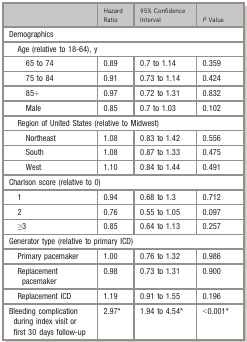
|  | Hazard Ratio | 95% Confidence Interval | P Value |
 | --- | --- | --- | --- |
 | <COLSPAN=4> Demographics |
 | <COLSPAN=4> Age (relative to 18‐64), y |
 | 65 to 74 | 0.89 | 0.7 to 1.14 | 0.359 |
 | 75 to 84 | 0.91 | 0.73 to 1.14 | 0.424 |
 | 85+ | 0.97 | 0.72 to 1.31 | 0.832 |
 | Male | 0.85 | 0.7 to 1.03 | 0.102 |
 | <COLSPAN=4> Region of United States (relative to Midwest) |
 | Northeast | 1.08 | 0.83 to 1.42 | 0.556 |
 | South | 1.08 | 0.87 to 1.33 | 0.475 |
 | West | 1.10 | 0.84 to 1.44 | 0.491 |
 | <COLSPAN=4> Charlson score (relative to 0) |
 | 1 | 0.94 | 0.68 to 1.3 | 0.712 |
 | 2 | 0.76 | 0.55 to 1.05 | 0.097 |
 | ≥3 | 0.85 | 0.64 to 1.13 | 0.257 |
 | <COLSPAN=4> Generator type (relative to primary ICD) |
 | Primary pacemaker | 1.00 | 0.76 to 1.32 | 0.986 |
 | Replacement pacemaker | 0.98 | 0.73 to 1.31 | 0.900 |
 | Replacement ICD | 1.19 | 0.91 to 1.55 | 0.196 |
 | Bleeding complication during index visit or first 30 days follow‐up | 2.97a | 1.94 to 4.54a | <0.001a |